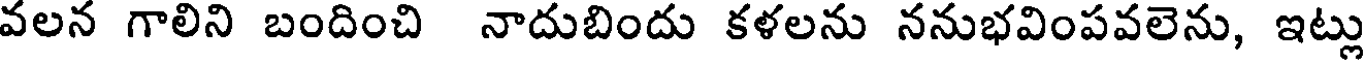
వలన గాలిని బందించి నాదుబిందు కళలను ననుభవింపవలెను, ఇట్లు